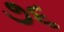
૭૬